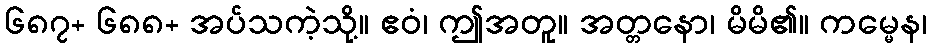
၆၈၇+ ၆၈၈+ အပ်သကဲ့သို့။ ဧဝံ၊ ဤအတူ။ အတ္တနော၊ မိမိ၏။ ကမ္မေန၊